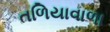
તળિયાવાળા